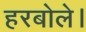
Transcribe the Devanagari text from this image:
हरबोले।